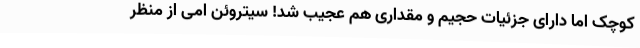
کوچک اما دارای جزئیات حجیم و مقداری هم عجیب شد! سیتروئن امی از منظر